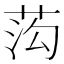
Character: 𱽬